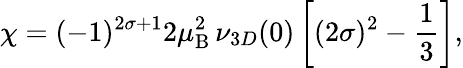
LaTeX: \chi=(-1)^{2\sigma+1}2\mu_{\mathrm{B}}^{2}\, \nu_{3D}(0)\left[(2\sigma)^{2}-\frac{1}{3}\right],